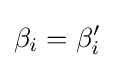
\beta _{i}=\beta _{i}^{\prime }